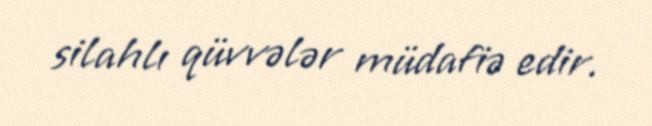
silahlı qüvvələr müdafiə edir.